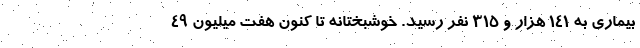
بیماری به ۱۴۱ هزار و ۳۱۵ نفر رسید. خوشبختانه تا کنون هفت میلیون ۴۹